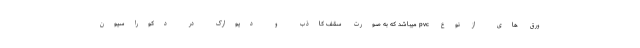
ورق های از نوع pvc میباشد که به صورت سقف کاذب و دیوارک در دکوراسیون